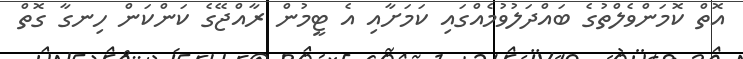
އޮތް ކޮމަންވެލްތުގެ ބައްދަލުވުމެއްގައި ކަމަށާއި އެ ޓީމުން ރާއްޖޭގެ ކަންކަން ހިނގާ ގޮތް